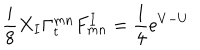
{ \frac { i } { 8 } } X _ { I } \Gamma _ { t } ^ { m n } F _ { m n } ^ { I } = { \frac { 1 } { 4 } } e ^ { V - U }